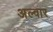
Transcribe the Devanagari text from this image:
अल्वार